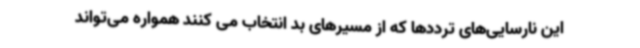
این نارسایی‌های ترددها که از مسیرهای بد انتخاب می کنند همواره می‌تواند